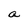
Character: a